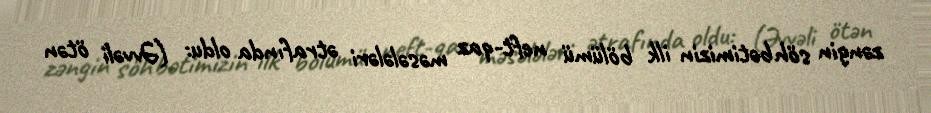
zəngin söhbətimizin ilk bölümü neft-qaz məsələləri ətrafında oldu: (Əvvəli ötən